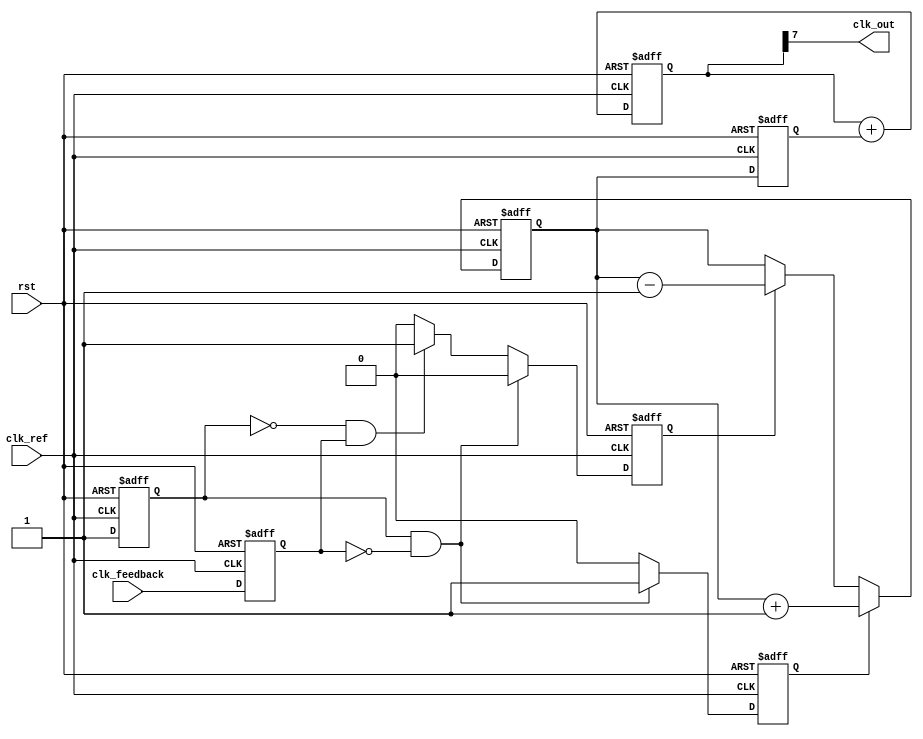
module CP_PLL (
    input wire clk_ref,         // Reference Clock
    input wire clk_feedback,    // Feedback Clock from VCO
    input wire rst,             // Reset
    output wire clk_out         // Output Clock
);

// PFD Signals
reg pfd_up, pfd_down;
reg last_ref, last_fb;

// Charge Pump Signals
reg charge, discharge;
reg [7:0] control_voltage; // Control voltage for loop filter (simple)

always @(posedge clk_ref or posedge rst) begin
    if (rst) begin
        last_ref <= 0;
        last_fb <= 0;
        pfd_up <= 0;
        pfd_down <= 0;
    end else begin
        last_ref <= 1;
        last_fb <= clk_feedback;

        // PFD Logic
        if (last_ref && !last_fb) begin
            pfd_up <= 1;
            pfd_down <= 0;
        end else if (!last_ref && last_fb) begin
            pfd_up <= 0;
            pfd_down <= 1;
        end else begin
            pfd_up <= 0;
            pfd_down <= 0;
        end
    end
end

// Charge Pump Logic
always @(posedge clk_ref or posedge rst) begin
    if (rst) begin
        charge <= 0;
        discharge <= 0;
        control_voltage <= 8'b00000000; // Initial control voltage
    end else begin
        if (pfd_up) begin
            charge <= 1;
            discharge <= 0;
            control_voltage <= control_voltage + 1; // Increase control voltage
        end else if (pfd_down) begin
            charge <= 0;
            discharge <= 1;
            control_voltage <= control_voltage - 1; // Decrease control voltage
        end else begin
            charge <= 0;
            discharge <= 0;
        end
    end
end

// Loop Filter (Simple First-Order Filter)
reg [7:0] filtered_voltage;

always @(posedge clk_ref or posedge rst) begin
    if (rst) begin
        filtered_voltage <= 8'b00000000;
    end else begin
        filtered_voltage <= control_voltage; // Simple pass-through for demonstration
    end
end

// VCO (Simple Example)
reg [7:0] vco_counter;
assign clk_out = vco_counter[7]; // Example output clock signal

always @(posedge clk_ref or posedge rst) begin
    if (rst) begin
        vco_counter <= 8'b00000000; // Reset counter
    end else begin
        // VCO output frequency is controlled by the filtered voltage
        vco_counter <= vco_counter + filtered_voltage; // Adjust counter increment based on voltage
    end
end

endmodule